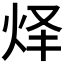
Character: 𰞇